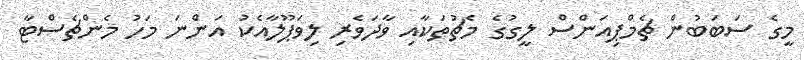
މީގެ ސަބަބުން ޗެމްޕިއަންސް ލީގުގެ މެޗުތަކާއި ވާދަވެރި ލިވަޕޫލާއެކު އަންނަ މަހު މެންޗެސްޓާ